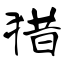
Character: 猎